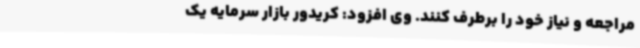
مراجعه و نیاز خود را برطرف کنند. وی افزود: کریدور بازار سرمایه یک